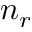
n _ { r }